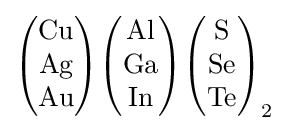
{\begin{pmatrix}\mathrm {Cu} \\\mathrm {Ag} \\\mathrm {Au} \end{pmatrix}}{\begin{pmatrix}\mathrm {Al} \\\mathrm {Ga} \\\mathrm {In} \end{pmatrix}}{\begin{pmatrix}\mathrm {S} \\\mathrm {Se} \\\mathrm {Te} \end{pmatrix}}_{2}